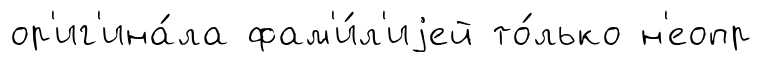
ор'иг'ина́ла фам'и́л'иjей то́лько н'еопр